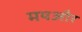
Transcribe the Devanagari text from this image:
मयऔर